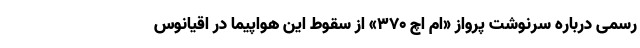
رسمی درباره سرنوشت پرواز «ام اچ ۳۷۰» از سقوط این هواپیما در اقیانوس